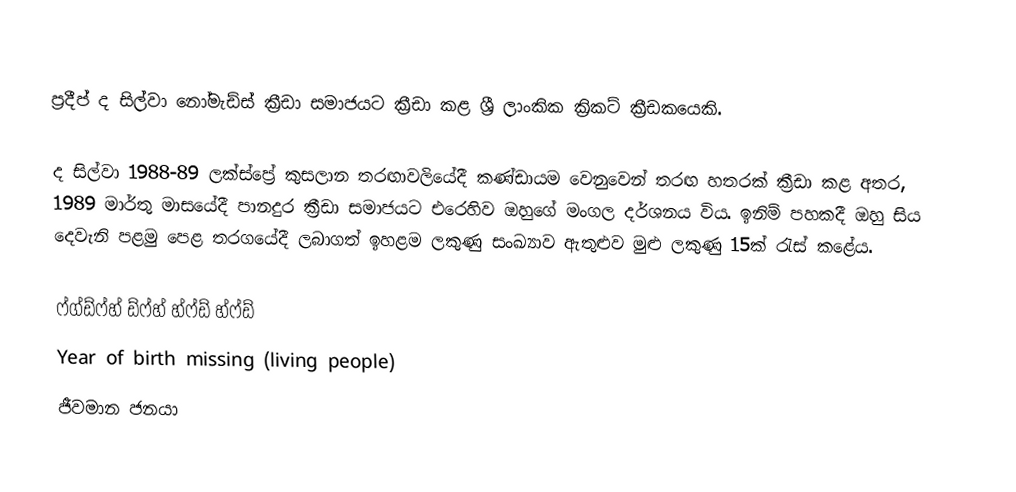
ප්‍රදීප් ද සිල්වා නෝමැඩ්ස් ක්‍රීඩා සමාජයට ක්‍රීඩා කළ ශ්‍රී ලාංකික ක්‍රිකට් ක්‍රීඩකයෙකි.

ද සිල්වා 1988-89 ලක්ස්ප්‍රේ කුසලාන තරඟාවලියේදී කණ්ඩායම වෙනුවෙන් තරඟ හතරක් ක්‍රීඩා කළ අතර, 1989 මාර්තු මාසයේදී පානදුර ක්‍රීඩා සමාජයට එරෙහිව ඔහුගේ මංගල දර්ශනය විය. ඉනිම් පහකදී ඔහු සිය දෙවැනි පළමු පෙළ තරගයේදී ලබාගත් ඉහළම ලකුණු සංඛ්‍යාව ඇතුළුව මුළු ලකුණු 15ක් රැස් කළේය.

ෆ්ග්ඩ්ෆ්හ් ඩ්ෆ්හ් හ්ෆ්ඩ් හ්ෆ්ඩ්
Year of birth missing (living people)
ජීවමාන ජනයා